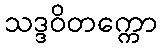
သဒ္ဒဝိတက္ကော